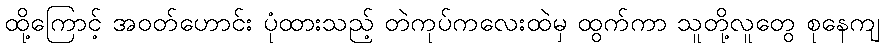
ထို့ကြောင့် အဝတ်ဟောင်း ပုံထားသည့် တဲကုပ်ကလေးထဲမှ ထွက်ကာ သူတို့လူတွေ စုနေကျ